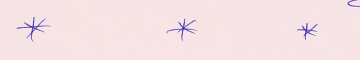
*		*		*